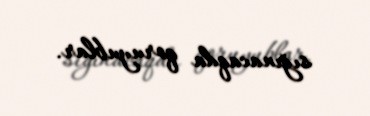
sığınacaqda qoruyublar.